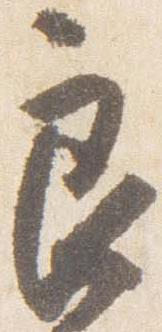
良